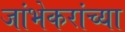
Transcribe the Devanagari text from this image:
जांभेकरांच्या